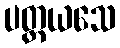
ပတ္ထယသေ